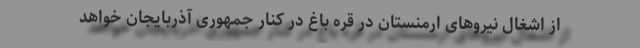
از اشغال نیروهای ارمنستان در قره باغ در کنار جمهوری آذربایجان خواهد